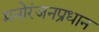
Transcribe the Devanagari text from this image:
मनोरंजनप्रधान